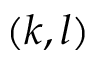
( k , l )